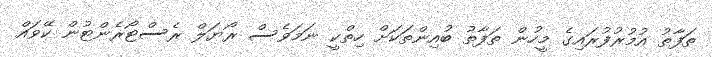
ތަފާތު އުމުރުފުރައިގެ މީހުން ތަފާތު ބުއިންތަކަށް ހިތްކީ ނަމަވެސް ރޯޔަލް ރެސްޓޯރެންޓުން ކޭވައް